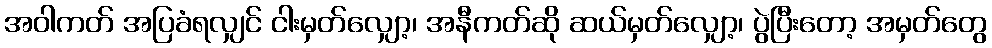
အဝါကတ် အပြခံရလျှင် ငါးမှတ်လျှော့၊ အနီကတ်ဆို ဆယ်မှတ်လျှော့၊ ပွဲပြီးတော့ အမှတ်တွေ